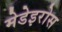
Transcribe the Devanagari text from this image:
मेडेइरोस